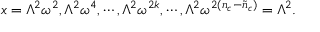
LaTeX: x = \Lambda ^ { 2 } \omega ^ { 2 } , \Lambda ^ { 2 } \omega ^ { 4 } , \cdots , \Lambda ^ { 2 } \omega ^ { 2 k } , \cdots , \Lambda ^ { 2 } \omega ^ { 2 ( n _ { c } - \tilde { n } _ { c } ) } = \Lambda ^ { 2 } .